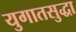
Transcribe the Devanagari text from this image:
युगातसुद्धा